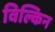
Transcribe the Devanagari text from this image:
विल्किन